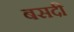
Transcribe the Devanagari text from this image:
बसदी